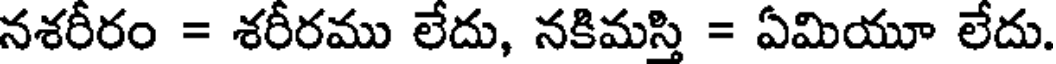
నశరీరం = శరీరము లేదు, నకిమస్తి = ఏమియూ లేదు.